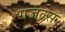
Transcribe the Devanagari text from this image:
गजल्स